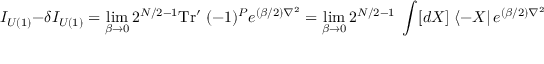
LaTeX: { \cal I } _ { U ( 1 ) } - \delta { \cal I } _ { U ( 1 ) } = \operatorname * { l i m } _ { \beta \rightarrow 0 } 2 ^ { N / 2 - 1 } \mathrm { T r ^ { \prime } } \; ( - 1 ) ^ { P } e ^ { ( \beta / 2 ) \nabla ^ { 2 } } = \operatorname * { l i m } _ { \beta \rightarrow 0 } 2 ^ { N / 2 - 1 } \; \int [ d X ] \; \langle - X \vert \, e ^ { ( \beta / 2 ) \nabla ^ { 2 } } \, \vert X \rangle .